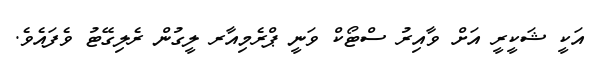
އަކީ ޝަކީރީ އަށް ވާއިރު ސްޓޯކް ވަނީ ޕްރެމިއާރ ލީގުން ރެލިގޭޓު ވެފައެވެ.